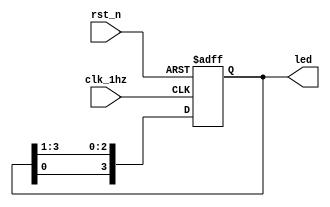
//1sled
module led_run(clk_1hz, rst_n, led);

	input clk_1hz;												//1HZ
	input rst_n;												//

	output reg [3:0] led;									//4led
	
	always @ (posedge clk_1hz or negedge rst_n)
	begin
		if(!rst_n)
			begin
				led <= 4'b0111;								//
			end
		else
			begin
				led <= {led[0],led[3:1]};					//
			end
	end

//	reg [1:0] state;											//
//
//	`define s0 2'b00											//()
//	`define s1 2'b01
//	`define s2 2'b10
//	`define s3 2'b11
//	
//	/*******()*******/
//	always @ (posedge clk_1hz or negedge rst_n)		//
//	begin
//		if(!rst_n)												//
//			begin
//				state <= `s0;									//s0
//				led <= 4'b0;									//4led
//			end
//		else														//
//			begin
//				case(state)										//
//					`s0	:	begin
//									led <= 4'b0111;			//
//									state <= `s1;				//s1
//								end
//								
//					`s1	:	begin
//									led <= 4'b1011;			//
//									state <= `s2;				//s2
//								end
//								
//					`s2	:	begin
//									led <= 4'b1101;			//
//									state <= `s3;				//s3
//								end
//								
//					`s3	:	begin
//									led <= 4'b1110;			//
//									state <= `s0;				//s0
//								end
//					
//					default	:	state <= `s0;				//s0
//				endcase
//			end
//	end

endmodule